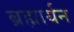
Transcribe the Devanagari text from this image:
ब्रह्मार्यन